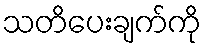
သတိပေးချက်ကို